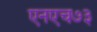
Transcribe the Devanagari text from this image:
एनएच७३